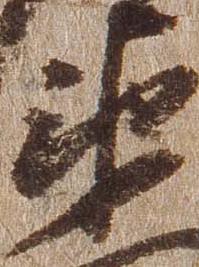
衛